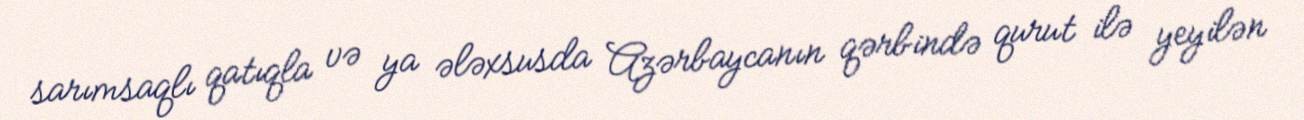
sarımsaqlı qatıqla və ya ələxsusda Azərbaycanın qərbində qurut ilə yeyilən